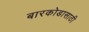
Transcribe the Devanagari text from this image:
बारकोडासाठी